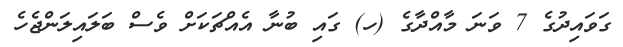
ގަވައިދުގެ 7 ވަނަ މާއްދާގެ (ހ) ގައި ބުނާ އެއްޗަކަށް ވެސް ބަލައިލަންޖެހެ